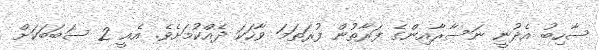
ސާހިބު އެދުނީ ނަސާރާއިންގެ ފަރާތުން ފުރަތަމަ ވާހަކަ ދެއްކުމަށެވެ. އެއީ 2 ސަބަބަކަށް